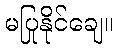
မပြုနိုင်ချေ။